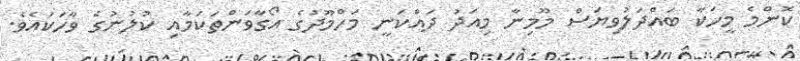
ކޮންމެ މީހަކާ ބައްދަލުވިޔަސް މޫމިނާ މިއަދު ދައްކަނީ މަހްމޫދުގެ އޯގާވަންތަކަމާއި ކުލުނުގެ ވާހަކައެވެ.